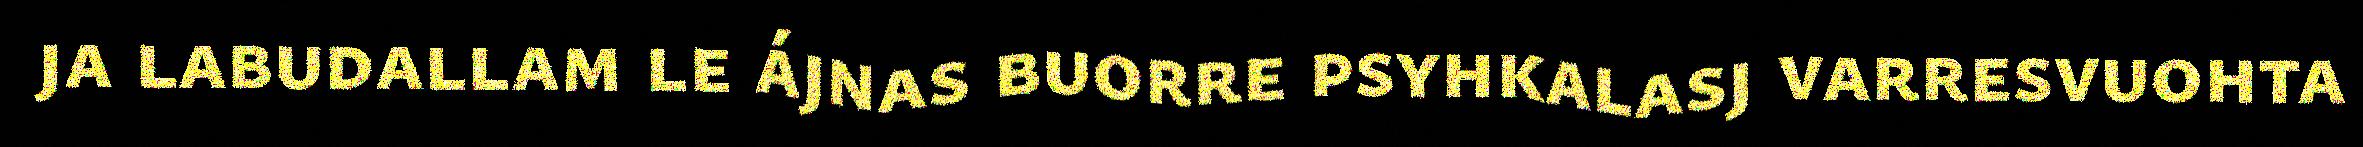
ja labudallam le ájnas buorre psyhkalasj varresvuohta